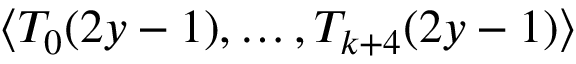
\langle T _ { 0 } ( 2 y - 1 ) , \ldots , T _ { k + 4 } ( 2 y - 1 ) \rangle